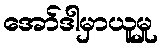
အော်ဒါမှာယူမှု